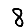
Digit: 8